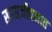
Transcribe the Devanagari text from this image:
खाद्यजीवनात